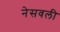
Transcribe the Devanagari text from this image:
नेसवली